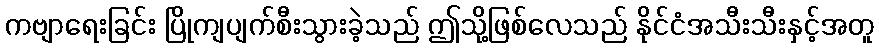
ကဗျာရေးခြင်း ပြိုကျပျက်စီးသွားခဲ့သည် ဤသို့ဖြစ်လေသည် နိုင်ငံအသီးသီးနှင့်အတူ